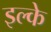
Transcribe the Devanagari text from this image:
इल्के